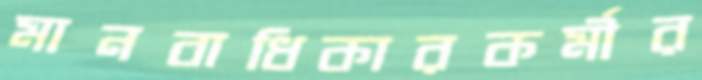
মানবাধিকারকর্মীর